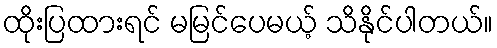
ထိုးပြထားရင် မမြင်ပေမယ့် သိနိုင်ပါတယ်။